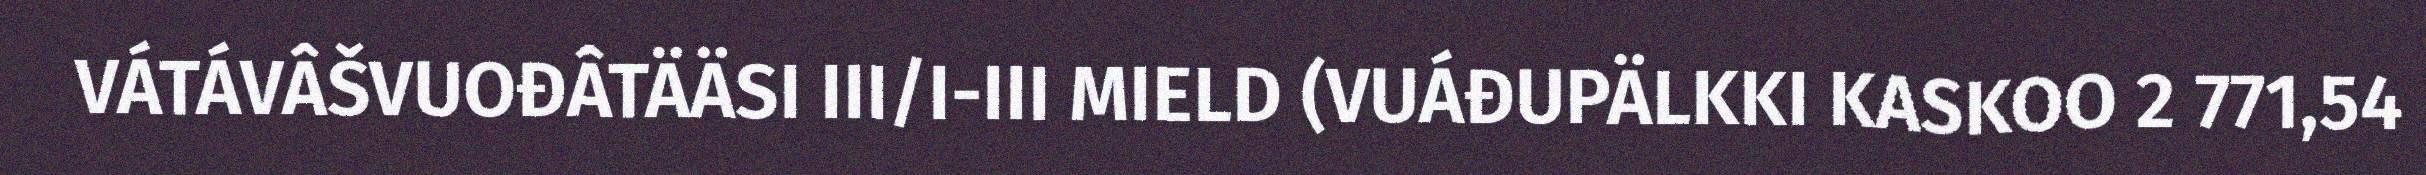
VÁTÁVÂŠVUOĐÂTÄÄSI III/I-III MIELD (VUÁĐUPÄLKKI KASKOO 2 771,54